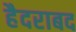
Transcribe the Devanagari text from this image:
हैदराबद